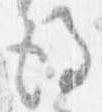
後